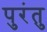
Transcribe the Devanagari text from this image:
पुरंतु